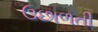
ઉછાળતી